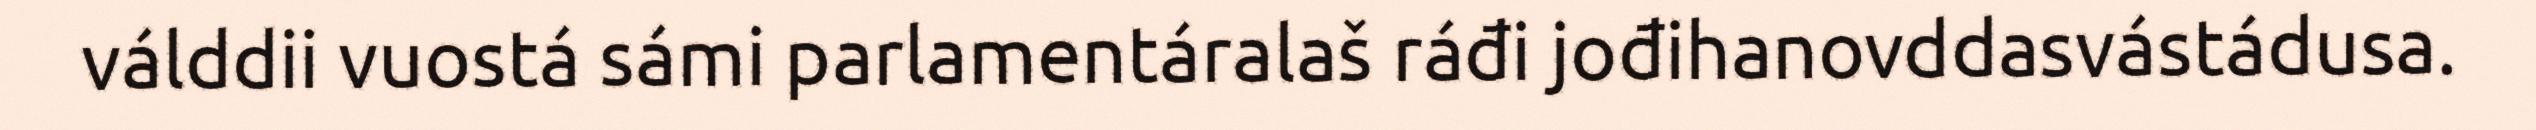
válddii vuostá sámi parlamentáralaš ráđi jođihanovddasvástádusa.